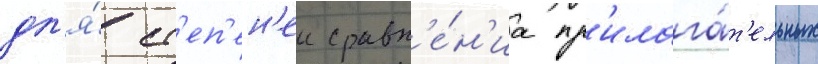
дл'я́ ст'еп'ен'еи сравн'е́н'иа пр'илага́т'ельных